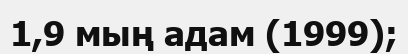
1,9 мың адам (1999);